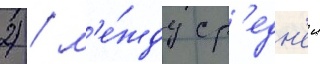
2) / м'е́жду ср'едн'еи